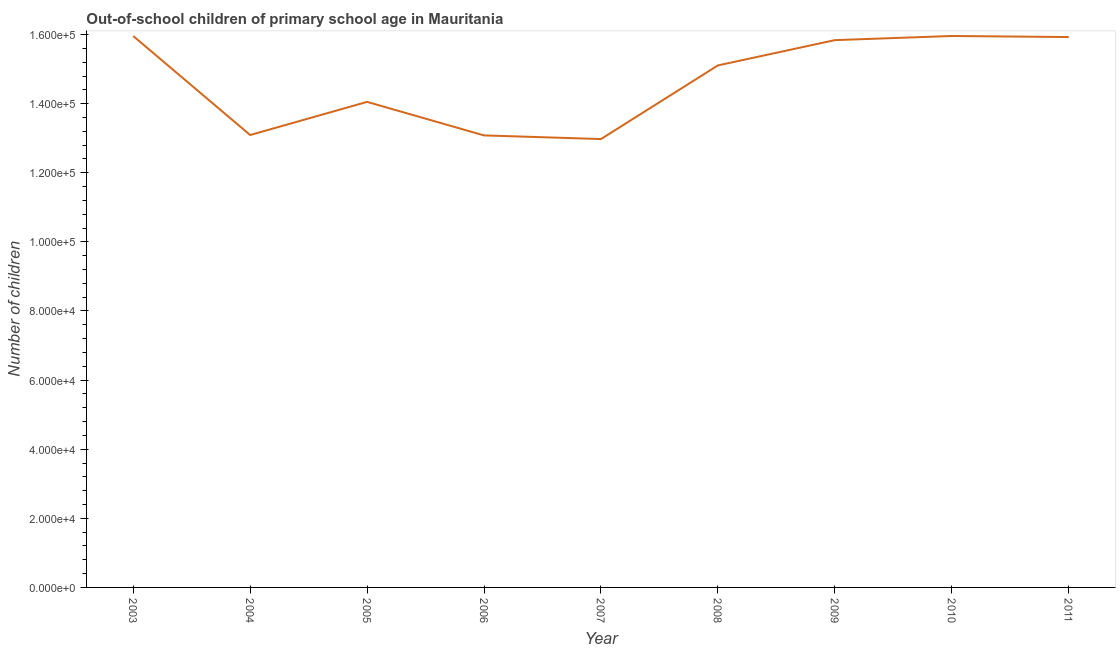
| Year | Out-of-school children of primary school age |
 | --- | --- |
 | 2003 | 1.6e+05 |
 | 2004 | 1.31e+05 |
 | 2005 | 1.41e+05 |
 | 2006 | 1.31e+05 |
 | 2007 | 1.3e+05 |
 | 2008 | 1.51e+05 |
 | 2009 | 1.58e+05 |
 | 2010 | 1.6e+05 |
 | 2011 | 1.59e+05 |